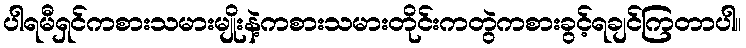
ပါရမီရှင်ကစားသမားမျိုးနဲ့ကစားသမားတိုင်းကတွဲကစားခွင့်ရချင်ကြတာပါ။